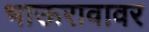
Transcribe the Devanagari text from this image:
भाऊरावावर